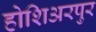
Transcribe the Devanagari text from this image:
होशिअरपुर